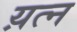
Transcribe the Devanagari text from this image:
य़त्न